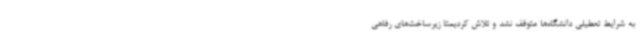
به شرایط تعطیلی دانشگاه‌ها متوقف نشد و تلاش کردیمتا زیرساخت‌های رفاهی